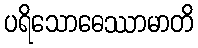
ပရိသောဓေဿာမာတိ